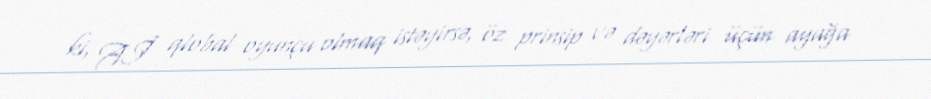
ki, Aİ qlobal oyunçu olmaq istəyirsə, öz prinsip və dəyərləri üçün ayağa